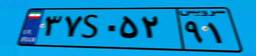
۳۷S۰۵۲۹۱